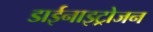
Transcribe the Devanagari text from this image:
डाईनाइट्रोजन